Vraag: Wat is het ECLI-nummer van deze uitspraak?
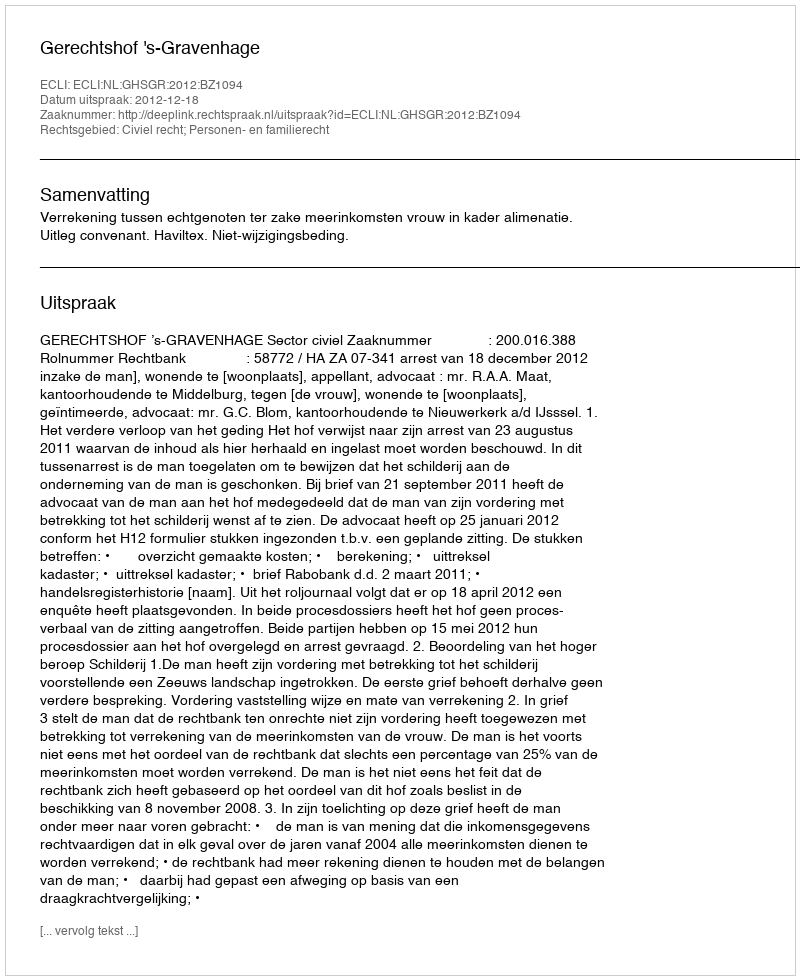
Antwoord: ECLI:NL:GHSGR:2012:BZ1094